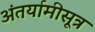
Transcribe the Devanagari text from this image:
अंतर्यामीसूत्र